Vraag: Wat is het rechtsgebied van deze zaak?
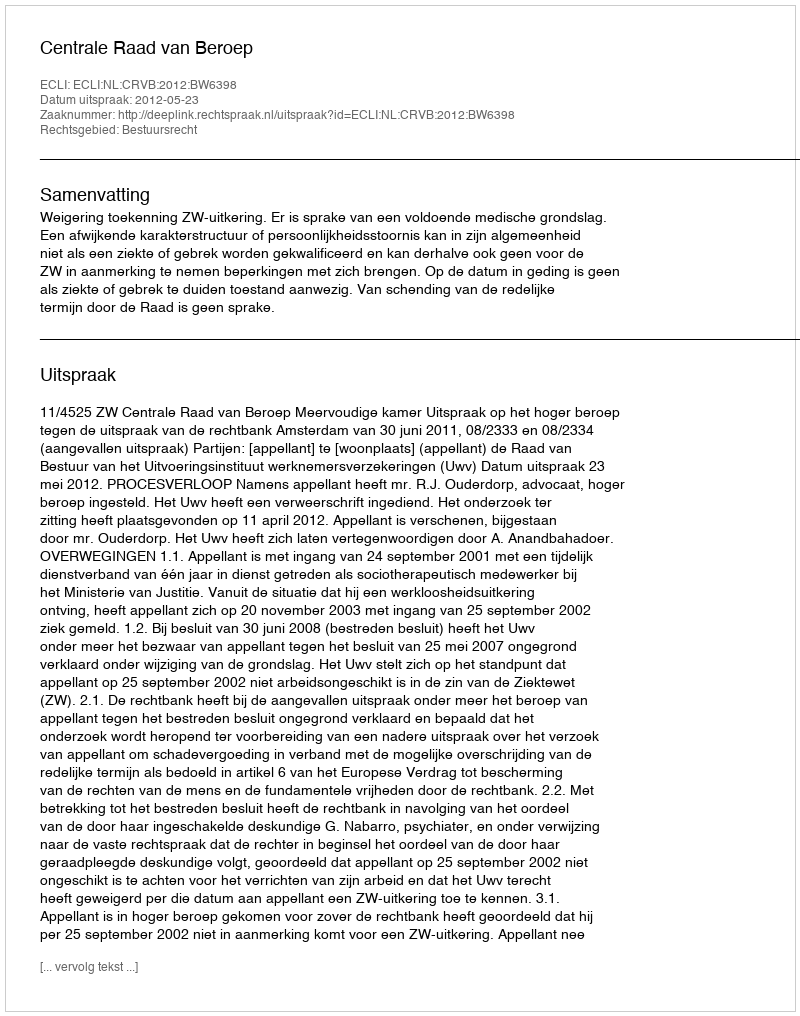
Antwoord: Bestuursrecht